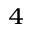
_ 4